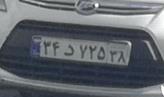
۳۴د۷۲۵۳۸